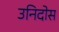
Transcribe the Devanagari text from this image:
उनिदोस